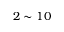
2 \sim 1 0